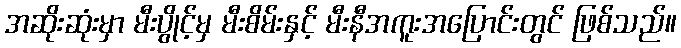
အဆိုးဆုံးမှာ မီးပွိုင့်မှ မီးစိမ်းနှင့် မီးနီအကူးအပြောင်းတွင် ဖြစ်သည်။